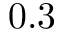
0 . 3